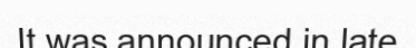
It was announced in late